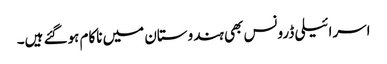
اسرائیلی ڈرونس بھی ہندوستان میں ناکام ہوگئے ہیں۔